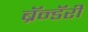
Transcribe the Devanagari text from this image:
ब्रॅन्डॅरी